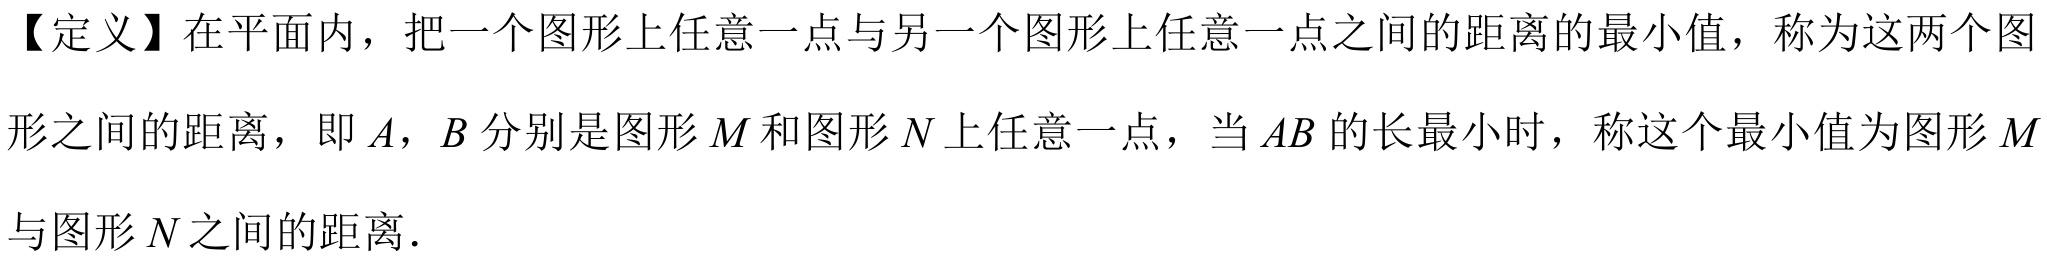
【定义】在平面内，把一个图形上任意一点与另一个图形上任意一点之间的距离的最小值，称为这两个图
形之间的距离，即$A$，$B$分别是图形$M$和图形$N$上任意一点，当$AB$的长最小时，称这个最小值为图形$M$
与图形$N$之间的距离.